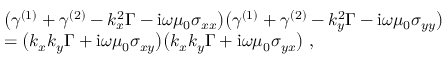
\begin{array} { r l } & { \big ( \gamma ^ { ( 1 ) } + \gamma ^ { ( 2 ) } - k _ { x } ^ { 2 } \Gamma - \mathrm { i } \omega \mu _ { 0 } \sigma _ { x x } \big ) \big ( \gamma ^ { ( 1 ) } + \gamma ^ { ( 2 ) } - k _ { y } ^ { 2 } \Gamma - \mathrm { i } \omega \mu _ { 0 } \sigma _ { y y } \big ) } \\ & { = \big ( k _ { x } k _ { y } \Gamma + \mathrm { i } \omega \mu _ { 0 } \sigma _ { x y } \big ) \big ( k _ { x } k _ { y } \Gamma + \mathrm { i } \omega \mu _ { 0 } \sigma _ { y x } \big ) \ , } \end{array}